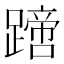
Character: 𨅙